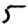
Digit: 5